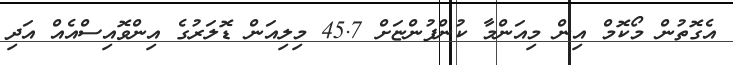
އެގޮތުން މޯކޮމް އިން މިއަންމާ ކުންފުންޏަށް 45.7 މިލިއަން ޑޮލަރުގެ އިންވޮއިސްއެއް އަދި